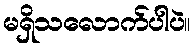
မရှိသလောက်ပါပဲ။